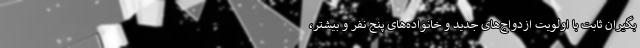
‌بگیران ثابت با اولویت ازدواج‌های جدید و خانواده‌های پنج نفر و بیشتر،